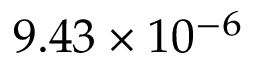
9 . 4 3 \times 1 0 ^ { - 6 }